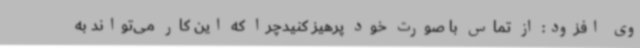
وی افزود: از تماس با صورت خود پرهیز کنیدچرا که این کار می‌تواند به